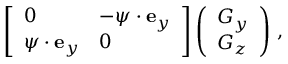
\begin{array} { r } { \left[ \begin{array} { l l } { 0 } & { - \boldsymbol { \psi } \cdot { \bf e } _ { y } } \\ { \boldsymbol { \psi } \cdot { \bf e } _ { y } } & { 0 } \end{array} \right] \left( \begin{array} { l } { G _ { y } } \\ { G _ { z } } \end{array} \right) \, , } \end{array}